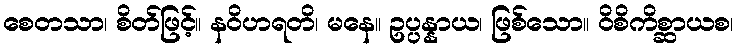
စေတသာ၊ စိတ်ဖြင့်။ နဝိဟရတိ၊ မနေ။ ဥပ္ပန္နာယ၊ ဖြစ်သော။ ဝိစိကိစ္ဆာယစ၊